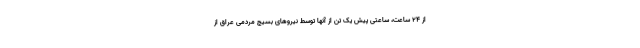
از ۲۴ ساعت، ساعتی پیش یک تن از آنها توسط نیروهای بسیج مردمی عراق از